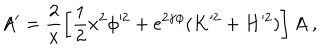
A ^ { \prime } = \frac { 2 } { x } \left[ \frac { 1 } { 2 } x ^ { 2 } \phi ^ { 2 } + e ^ { 2 \gamma \phi } ( K ^ { 2 } + H ^ { 2 } ) \right] A \ ,